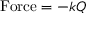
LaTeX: \mathrm { F o r c e } = - k Q